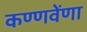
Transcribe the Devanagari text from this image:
कण्णवेंणा